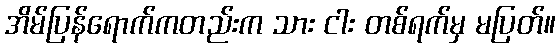
အိမ်ပြန်ရောက်ကတည်းက သား ငါး တစ်ရက်မှ မပြတ်။